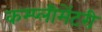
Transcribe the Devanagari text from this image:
कम्प्लीमेंटरी